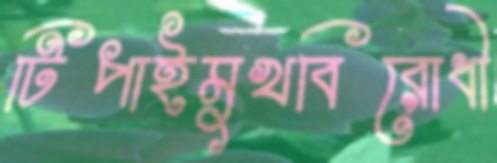
টিপাইমুখবিরোধী